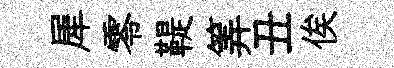
犀零鞮筭丑俟